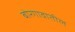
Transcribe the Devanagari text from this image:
बोरगावातील